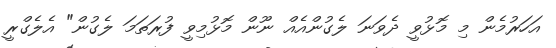
އަހަރުމެން މި މޮޅުވީ ދެވަނަ ލެގުންއެއް ނޫން މޮޅުމިވީ ފުރަތަމަ ލެގުން" އެލެގްރީ